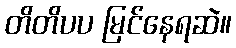
တိတိပပ မြင်နေရဆဲ။